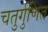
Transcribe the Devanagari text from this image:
चतुर्गुणित